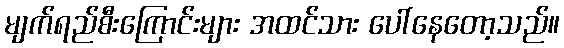
မျက်ရည်စီးကြောင်းများ အထင်သား ပေါ်နေတော့သည်။